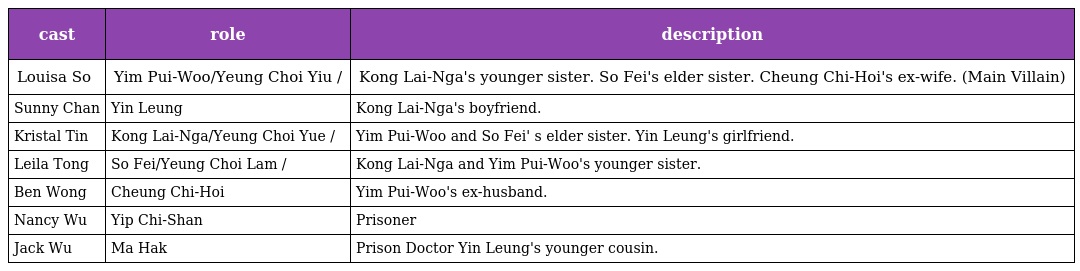
| cast | role | description |
 | --- | --- | --- |
 | Louisa So | Yim Pui-Woo/Yeung Choi Yiu 炎沛湖/楊采瑤 | Kong Lai-Nga's younger sister. So Fei's elder sister. Cheung Chi-Hoi's ex-wife. (Main Villain) |
 | Sunny Chan | Yin Leung 言亮 | Kong Lai-Nga's boyfriend. |
 | Kristal Tin | Kong Lai-Nga/Yeung Choi Yue 江麗雅/楊采瑜 | Yim Pui-Woo and So Fei' s elder sister. Yin Leung's girlfriend. |
 | Leila Tong | So Fei/Yeung Choi Lam 蘇菲/楊采琳 | Kong Lai-Nga and Yim Pui-Woo's younger sister. |
 | Ben Wong | Cheung Chi-Hoi 張至凱 | Yim Pui-Woo's ex-husband. |
 | Nancy Wu | Yip Chi-Shan 葉芷珊 | Prisoner |
 | Jack Wu | Ma Hak 馬赫 | Prison Doctor Yin Leung's younger cousin. |